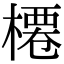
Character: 𣘝